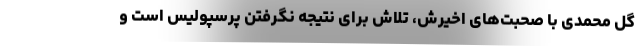
گل محمدی با صحبت‌های اخیرش، تلاش برای نتیجه نگرفتن پرسپولیس است و